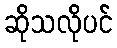
ဆိုသလိုပင်